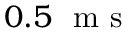
0 . 5 ~ \mathrm { ~ m ~ s ~ }